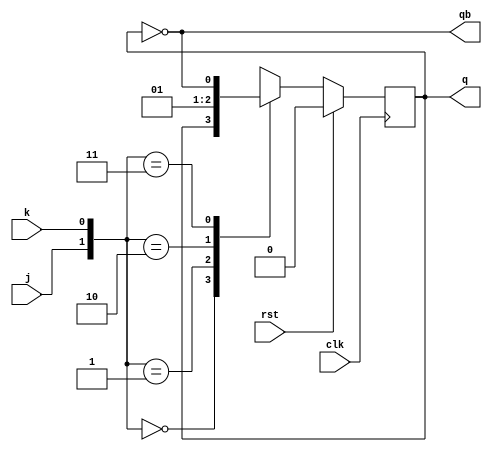
module jk_flipflop(j,k,clk,rst,q,qb);

input j,k,clk,rst;
output reg q;
output qb;

parameter hold=2'b00;
parameter reset=2'b01;
parameter set=2'b10;
parameter toggle=2'b11;

always @(posedge clk)
begin
if (rst)
q<=1'b0;
else
begin
case({j,k})

hold: q<=q;
reset:q<=0;
set:q<=1;
toggle:q<=~q;
default:q<=1'b0;

endcase
end

end

assign qb=~q;

endmodule